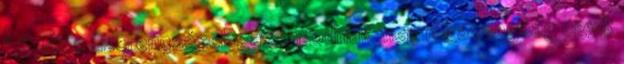
" Csak a szerencsések gazdagodnak meg A gazdagság egyik